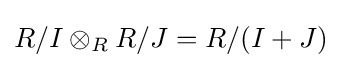
R/I\otimes _{R}R/J=R/(I+J)